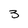
Character: 3